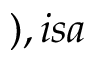
) , i s a